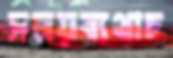
সময়ব্যথাচ